Senior Leaving Certificate Examination (including Day School Certificate (Higher) General paper), 1946
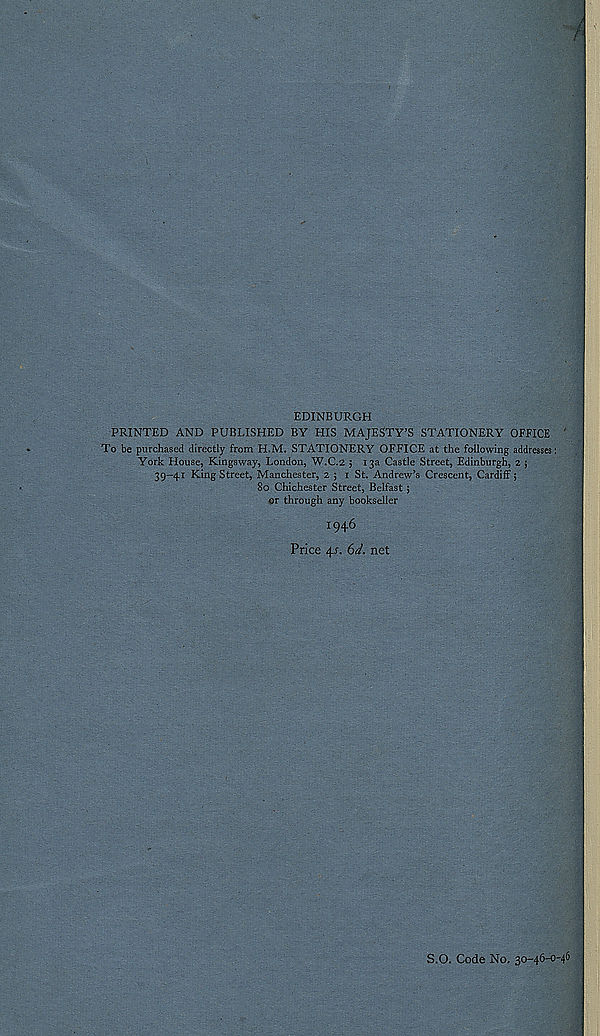
EDINBURGH
PRINTED AND PUBLISHED BY HIS MAJESTY’S STATIONERY OFFICE
To be purchased directly from H.M. STATIONERY OFFICE at the following addresses:
York House, Kingsway, London, W.C.2 ; 13a Castle Street, Edinburgh, 2 ;
39—41 King Street, Manchester, 23 1 St. Andrew’s Crescent, Cardiff;
80 Chichester Street, Belfast;
or through any bookseller
1946
Price 4r. 6^. net
S.O. Code No. 30-46-0-